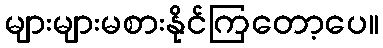
များများမစားနိုင်ကြတော့ပေ။